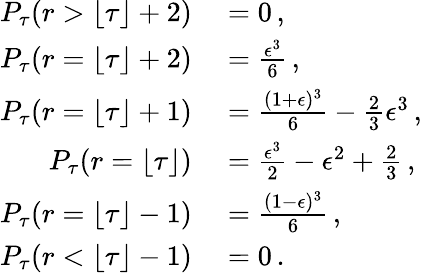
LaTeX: \begin{array}{rl}{P_{\tau}(r>\lfloor\tau\rfloor+2)}&{{}=0\, ,}\\ {P_{\tau}(r=\lfloor\tau\rfloor+2)}&{{}=\frac{\epsilon^{3}}{6}\, ,}\\ {P_{\tau}(r=\lfloor\tau\rfloor+1)}&{{}=\frac{(1+\epsilon)^{3}}{6}-\frac 23\epsilon^{3}\, ,}\\ {P_{\tau}(r=\lfloor\tau\rfloor)}&{{}=\frac{\epsilon^{3}}{2}-\epsilon^{2}+\frac 23\, ,}\\ {P_{\tau}(r=\lfloor\tau\rfloor-1)}&{{}=\frac{(1-\epsilon)^{3}}{6}\, ,}\\ {P_{\tau}(r<\lfloor\tau\rfloor-1)}&{{}=0\, .}\end{array}